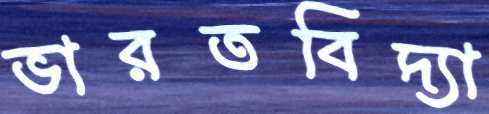
ভারতবিদ্যা